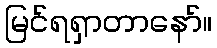
မြင်ရရှာတာနော်။